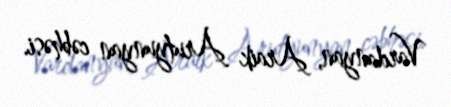
Vardanyan, Araik Arutyunyan cəbhəsi.